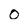
Character: 0